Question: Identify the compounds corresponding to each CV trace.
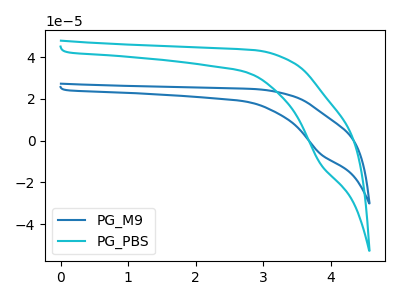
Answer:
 <answer>The blue curve is labeled "PG_M9". The cyan curve is labeled "PG_PBS".</answer>
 <eval></eval>